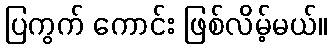
ပြကွက် ကောင်း ဖြစ်လိမ့်မယ်။